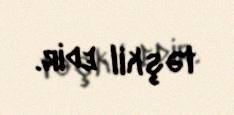
təşkil edir.